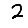
Digit: 2